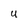
Character: U